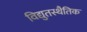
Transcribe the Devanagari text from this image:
विद्युतस्थैतिक